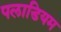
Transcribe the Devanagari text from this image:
पलाडियम